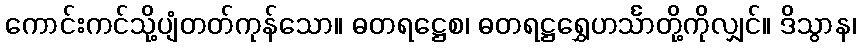
ကောင်းကင်သို့ပျံတတ်ကုန်သော။ ဓတရဋ္ဌေစ၊ ဓတရဋ္ဌရွှေဟင်္သာတို့ကိုလျှင်။ ဒိသွာန၊